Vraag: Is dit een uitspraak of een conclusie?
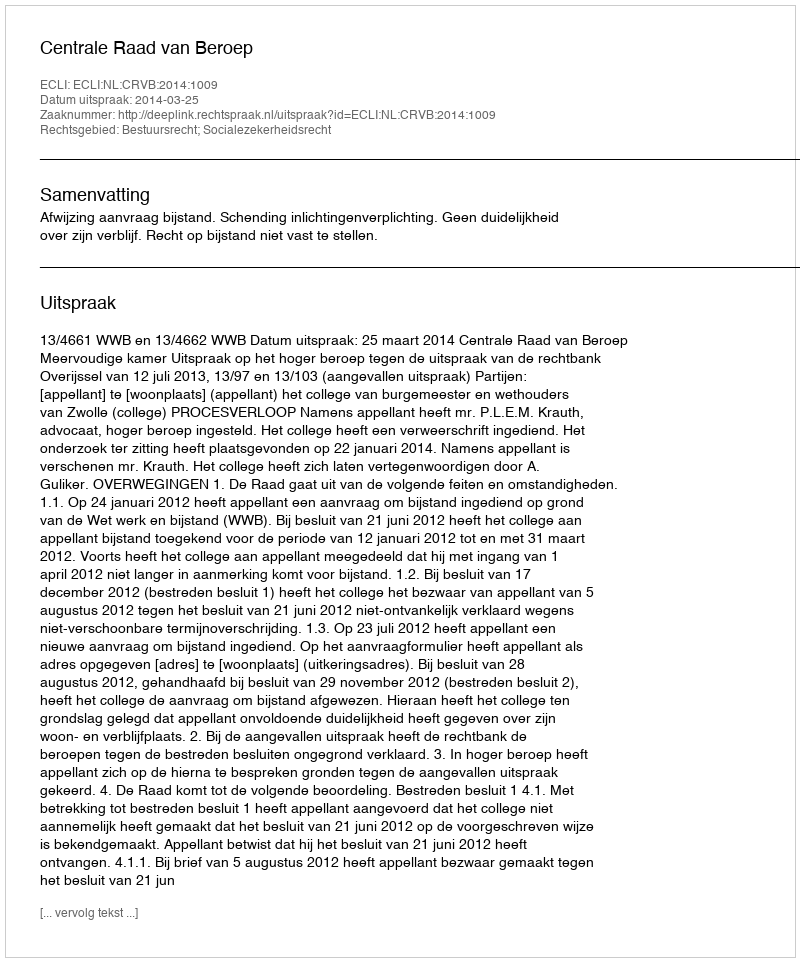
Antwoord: Uitspraak